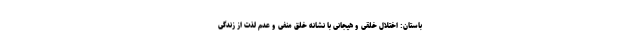
باستان: اختلال خلقی و هیجانی با نشانه خلق منفی و عدم لذت از زندگی